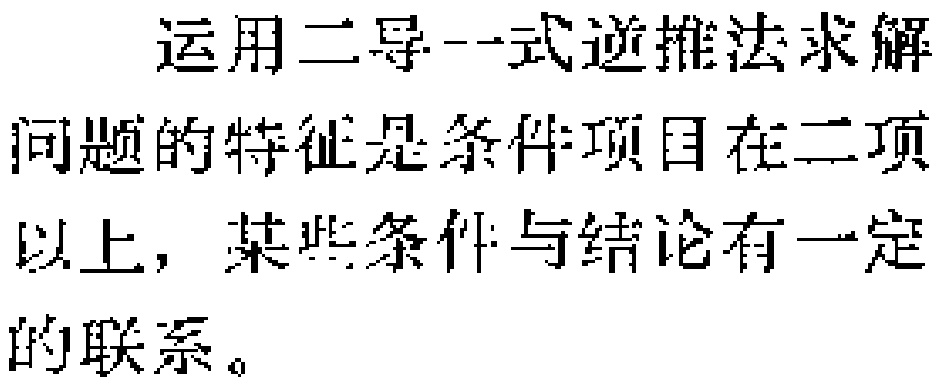
运用二导一式逆推法求解

问题的特征是条件项目在二项

以上，某些条件与结论有一定

的联系。